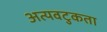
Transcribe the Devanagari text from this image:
अत्यवटुकता